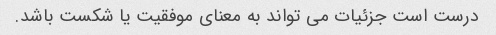
درست است جزئیات می تواند به معنای موفقیت یا شکست باشد.